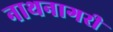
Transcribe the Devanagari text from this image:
नाथनागरी